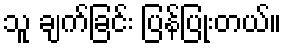
သူ ချက်ခြင်း ပြန်ပြုံးတယ်။